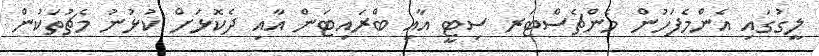
ލީގުގައި އެންމެފަހުން މެންޗެސްޓަރ ސިޓީ އާއި ބްރައިޓަން އާއި ދެކޮޅަށް ކުޅުނު މެޗުތަކުން